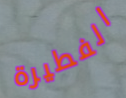
الفطيرة